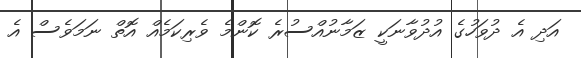
އަދި އެ ދުވަހުގެ އުދުވާނަކީ ޒަމާނުއްސުރެ ކޮންމެ ވެރިކަމެއް އޮތް ނަމަވެސް އެ